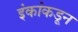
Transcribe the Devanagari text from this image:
इंकांकडून